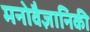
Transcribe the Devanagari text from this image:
मनोवैज्ञानिकी